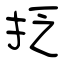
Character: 抸